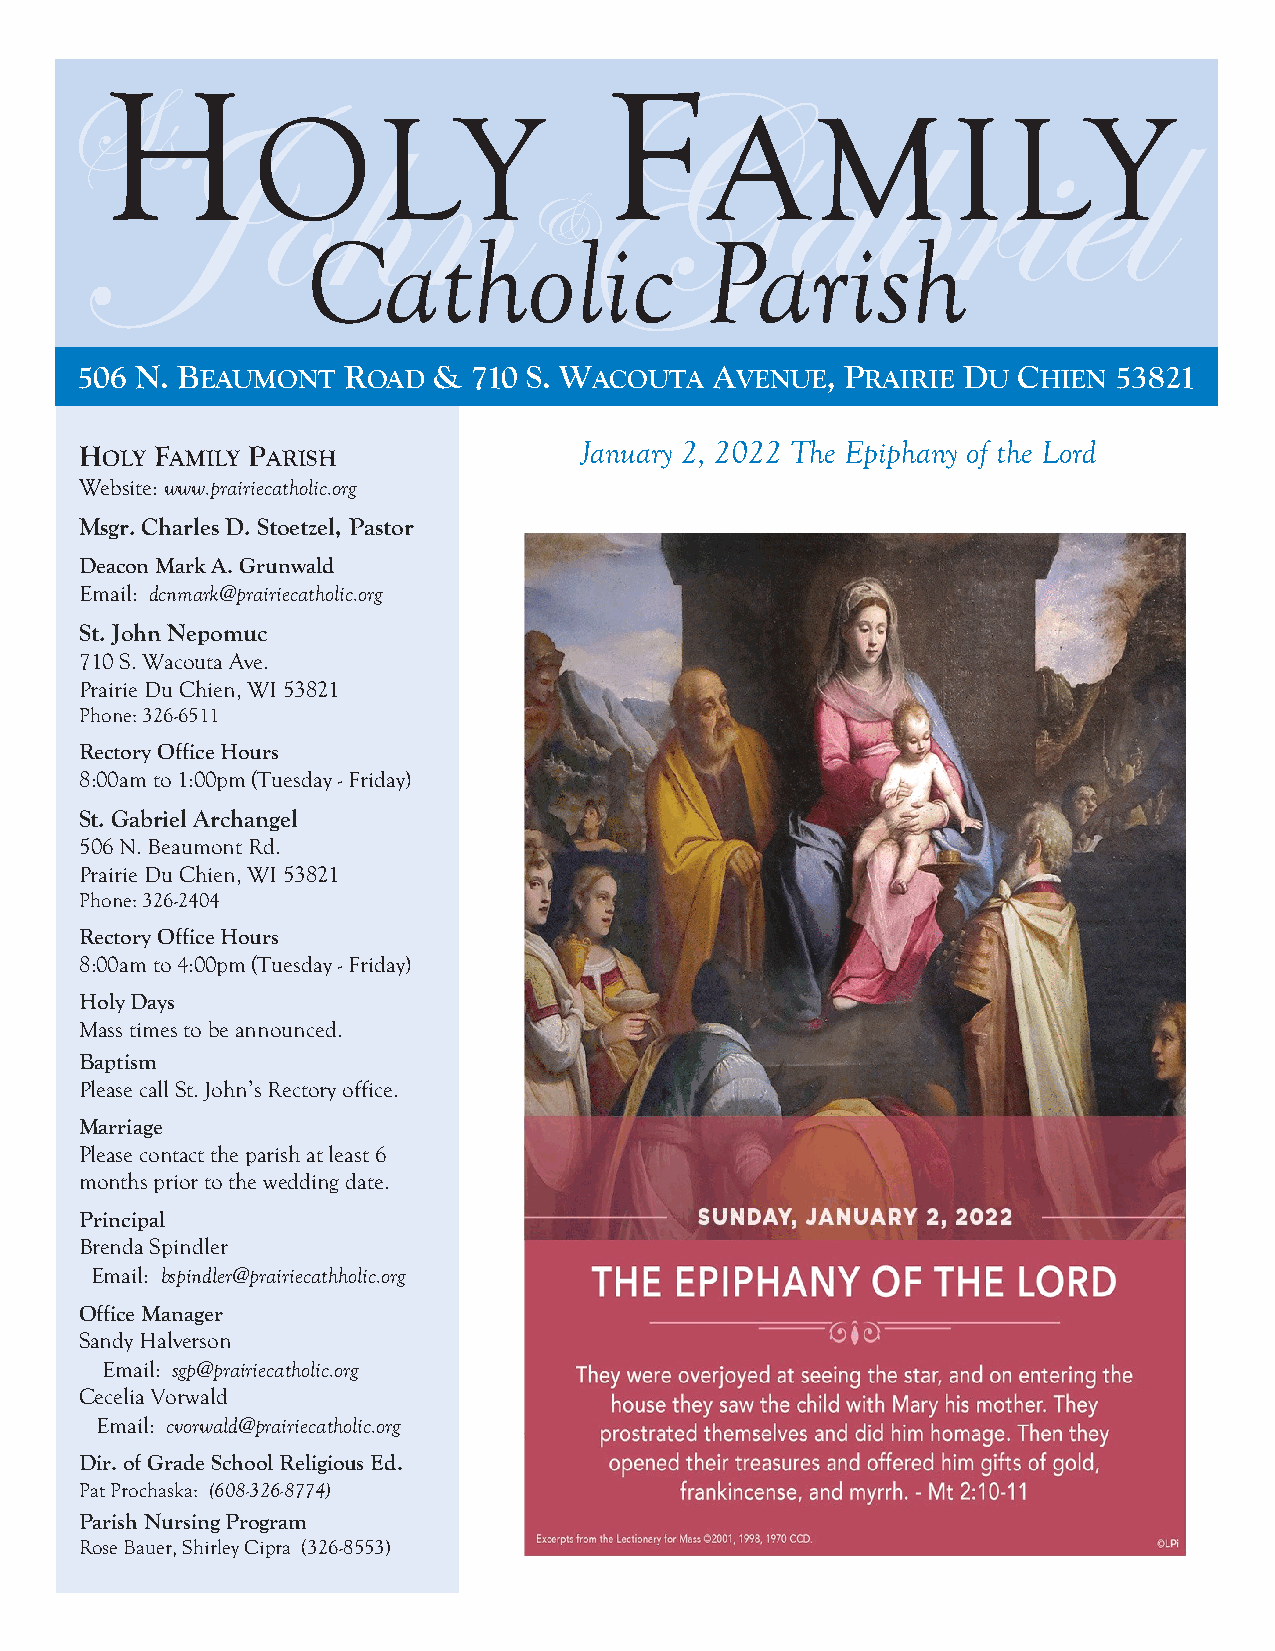
H                                F
 Ss.
 JOohLnY                         GAaMbrI                     LieYl
 &
 Catholic                   Parish
 506 N. BEAUMONT   ROAD  & 710 S. WACOUTA  AVENUE,  PRAIRIE DU CHIEN  53821
 January 2, 2022 The Epiphany of the Lord
 HOLY FAMILY PARISH
 Website: www.prairiecatholic.org
 Msgr. Charles D. Stoetzel, Pastor
 Deacon Mark A. Grunwald
 Email: dcnmark@prairiecatholic.org
 St. John Nepomuc
 710 S. Wacouta Ave.
 Prairie Du Chien, WI 53821
 Phone: 326-6511
 Rectory Office Hours
 8:00am to 1:00pm (Tuesday - Friday)
 St. Gabriel Archangel
 506 N. Beaumont Rd.
 Prairie Du Chien, WI 53821
 Phone: 326-2404
 Rectory Office Hours
 8:00am to 4:00pm (Tuesday - Friday)
 Holy Days
 Mass times to be announced.
 Baptism
 Please call St. John’s Rectory office.
 Marriage
 Please contact the parish at least 6
 months prior to the wedding date.
 Principal
 Brenda Spindler
 Email: bspindler@prairiecathholic.org
 Office Manager
 Sandy Halverson
 Email: sgp@prairiecatholic.org
 Cecelia Vorwald
 Email: cvorwald@prairiecatholic.org
 Dir. of Grade School Religious Ed.
 Pat Prochaska: (608-326-8774)
 Parish Nursing Program
 Rose Bauer, Shirley Cipra (326-8553)
 ..